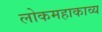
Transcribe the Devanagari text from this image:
लोकमहाकाव्य